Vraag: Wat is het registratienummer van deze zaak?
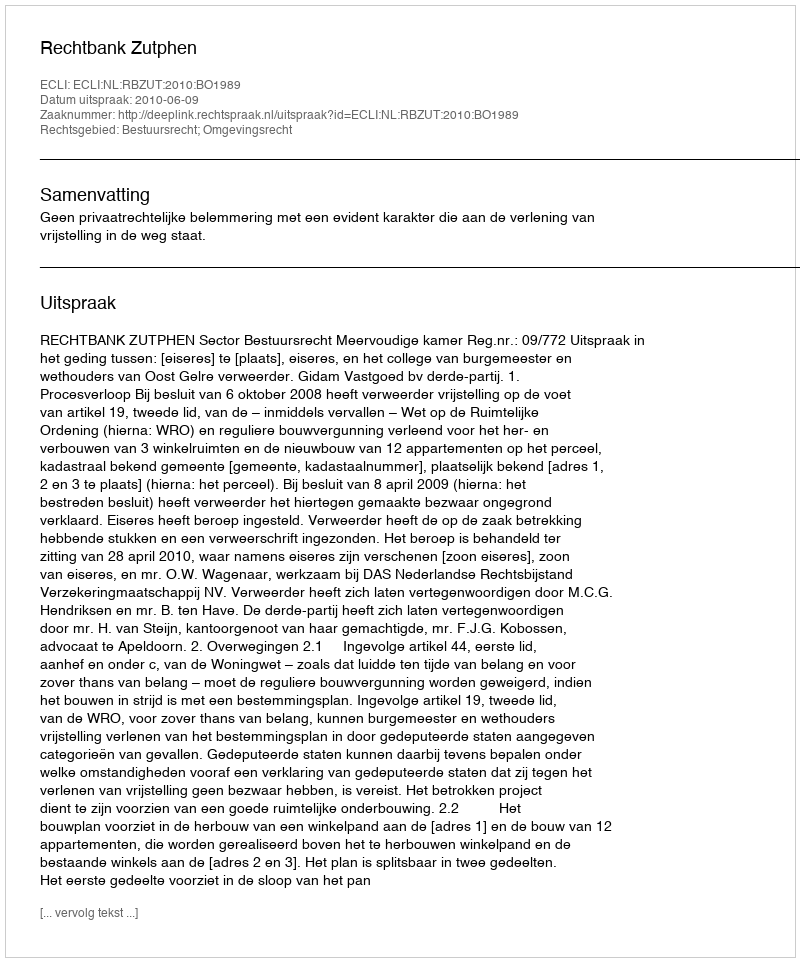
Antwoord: http://deeplink.rechtspraak.nl/uitspraak?id=ECLI:NL:RBZUT:2010:BO1989